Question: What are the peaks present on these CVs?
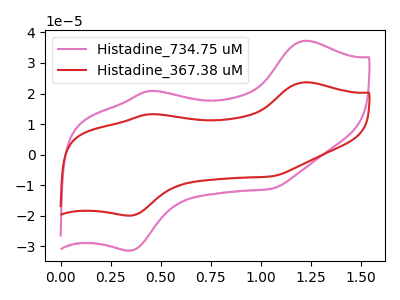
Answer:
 <answer>The pink curve "Histadine_734.75 uM" has anodic peaks at (1.20V, 37.25uA) (0.45V, 20.85uA) and cathodic peaks at (0.35V, -31.35uA) (1.05V, -11.20uA). The red curve "Histadine_367.38 uM" has anodic peaks at (1.20V, 23.70uA) (0.45V, 13.25uA) and cathodic peaks at (0.35V, -19.90uA) (1.05V, -7.10uA).</answer>
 <eval></eval>